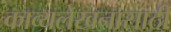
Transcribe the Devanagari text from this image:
काव्यलेखनासाठी